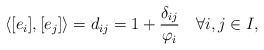
\begin{align*} \langle [e_i],[e_j]\rangle=d_{ij}=1+\frac{\delta_{ij}}{\varphi_i}\quad\forall i,j\in I,\end{align*}